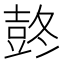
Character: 𰋋